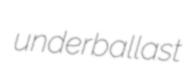
underballast